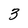
Character: 3